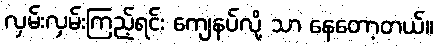
လှမ်းလှမ်းကြည့်ရင်း ကျေနပ်လို့ သာ နေတော့တယ်။